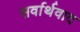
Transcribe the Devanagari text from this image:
सर्वार्थवाद